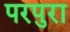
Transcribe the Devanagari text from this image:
परपुरा